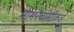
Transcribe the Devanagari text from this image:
भीमस्वामींकडे